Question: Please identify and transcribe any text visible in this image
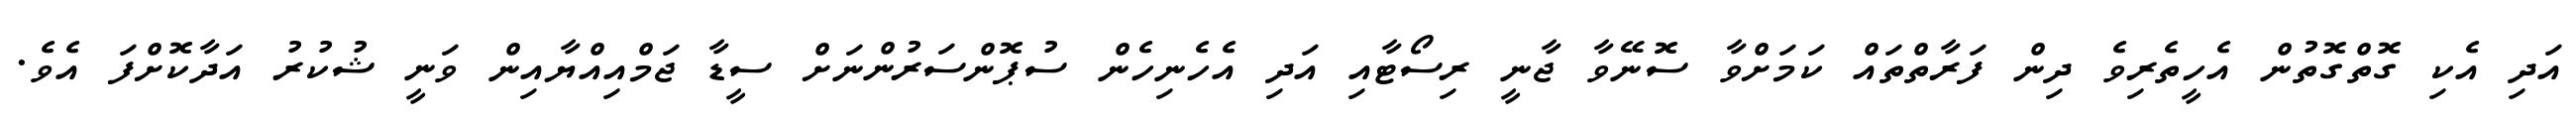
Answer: އަދި އެކި ގޮތްގޮތުން އެހީތެރިވެ ދިން ފަރާތްތައް ކަމަށްވާ ސޮނޭވާ ޖާނީ ރިސޯޓާއި އަދި އެހެނިހެން ސުޕޮންސަރުންނަށް ސީޑާ ޖަމްއިއްޔާއިން ވަނީ ޝުކުރު އަދާކޮށްފަ އެވެ.